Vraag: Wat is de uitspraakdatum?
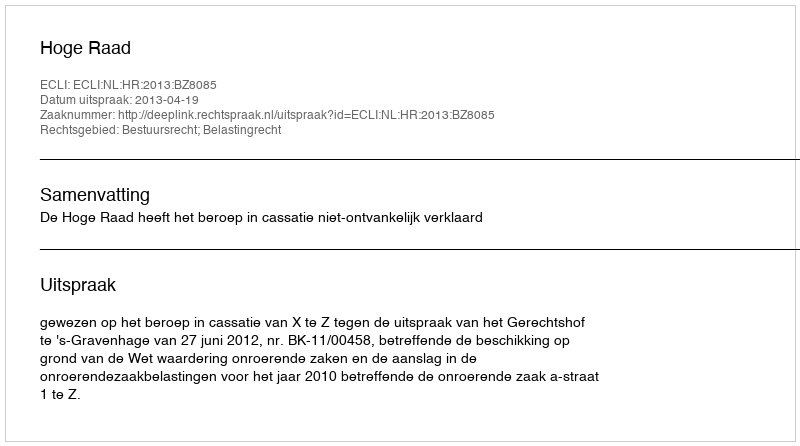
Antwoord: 2013-04-19